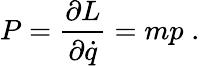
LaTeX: P={\frac{\partial L}{\partial{\dot{q}}}}=mp\; .